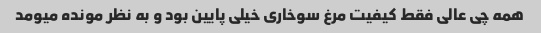
همه چی عالی فقط کیفیت مرغ سوخاری خیلی پایین بود و به نظر مونده میومد